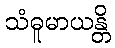
သံဓူမာယန္တိ